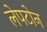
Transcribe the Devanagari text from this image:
लेपटोन